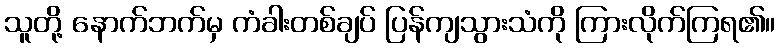
သူတို့ နောက်ဘက်မှ ကံခါးတစ်ချပ် ပြန်ကျသွားသံကို ကြားလိုက်ကြရ၏။